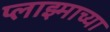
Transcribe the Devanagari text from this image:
प्लाझ्माच्या